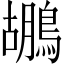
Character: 鶘